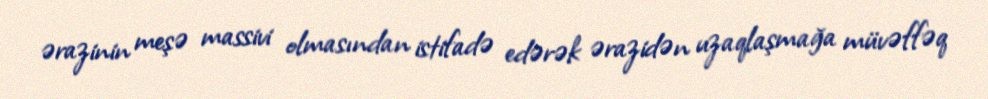
ərazinin meşə massivi olmasından istifadə edərək ərazidən uzaqlaşmağa müvəffəq